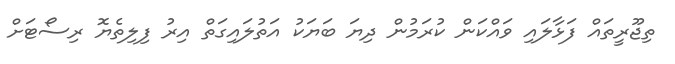
ތިޖޫރީތައް ފަޅާލައި ވައްކަން ކުރަމުން ދިޔަ ބަޔަކު އަތުލައިގަތް އިރު ފިލިތެޔޮ ރިސޯޓަށް